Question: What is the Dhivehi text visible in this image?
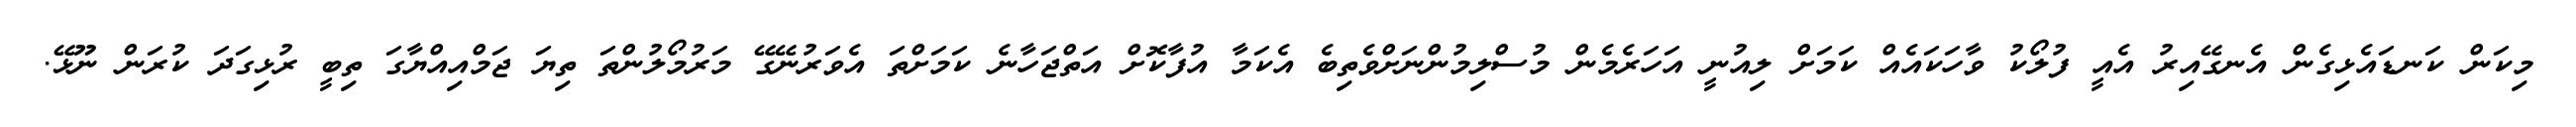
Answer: މިކަން ކަނޑައެޅިގެން އެނގޭއިރު އެއީ ފުލޯކު ވާހަކައެއް ކަމަށް ލިއުނީ އަހަރެމެން މުސްލިމުންނަށްވެތިބެ އެކަމާ އުފާކޮށް އަތްޖަހާނެ ކަމަށްތަ އެވަރުނޭގޭ މަރުމޯލުންތަ ތިޔަ ޖަމްއިއްޔާގަ ތިބީ ރުޅިގަދަ ކުރަން ނޫޅޭ.